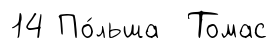
14 По́льша Томас